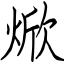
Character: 焮